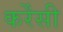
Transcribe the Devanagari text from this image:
कर्रेंसी